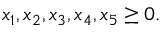
x _ { 1 } , x _ { 2 } , x _ { 3 } , x _ { 4 } , x _ { 5 } \geq 0 .